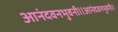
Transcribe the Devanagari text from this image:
आनंदवनभुवनी।।आनंदवनभुवनी।।